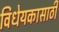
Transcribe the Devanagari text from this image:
विधेयकासाठी